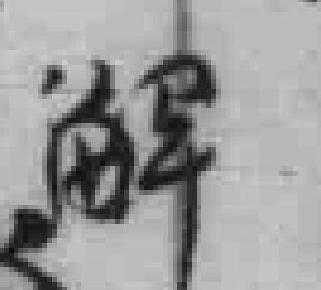
解